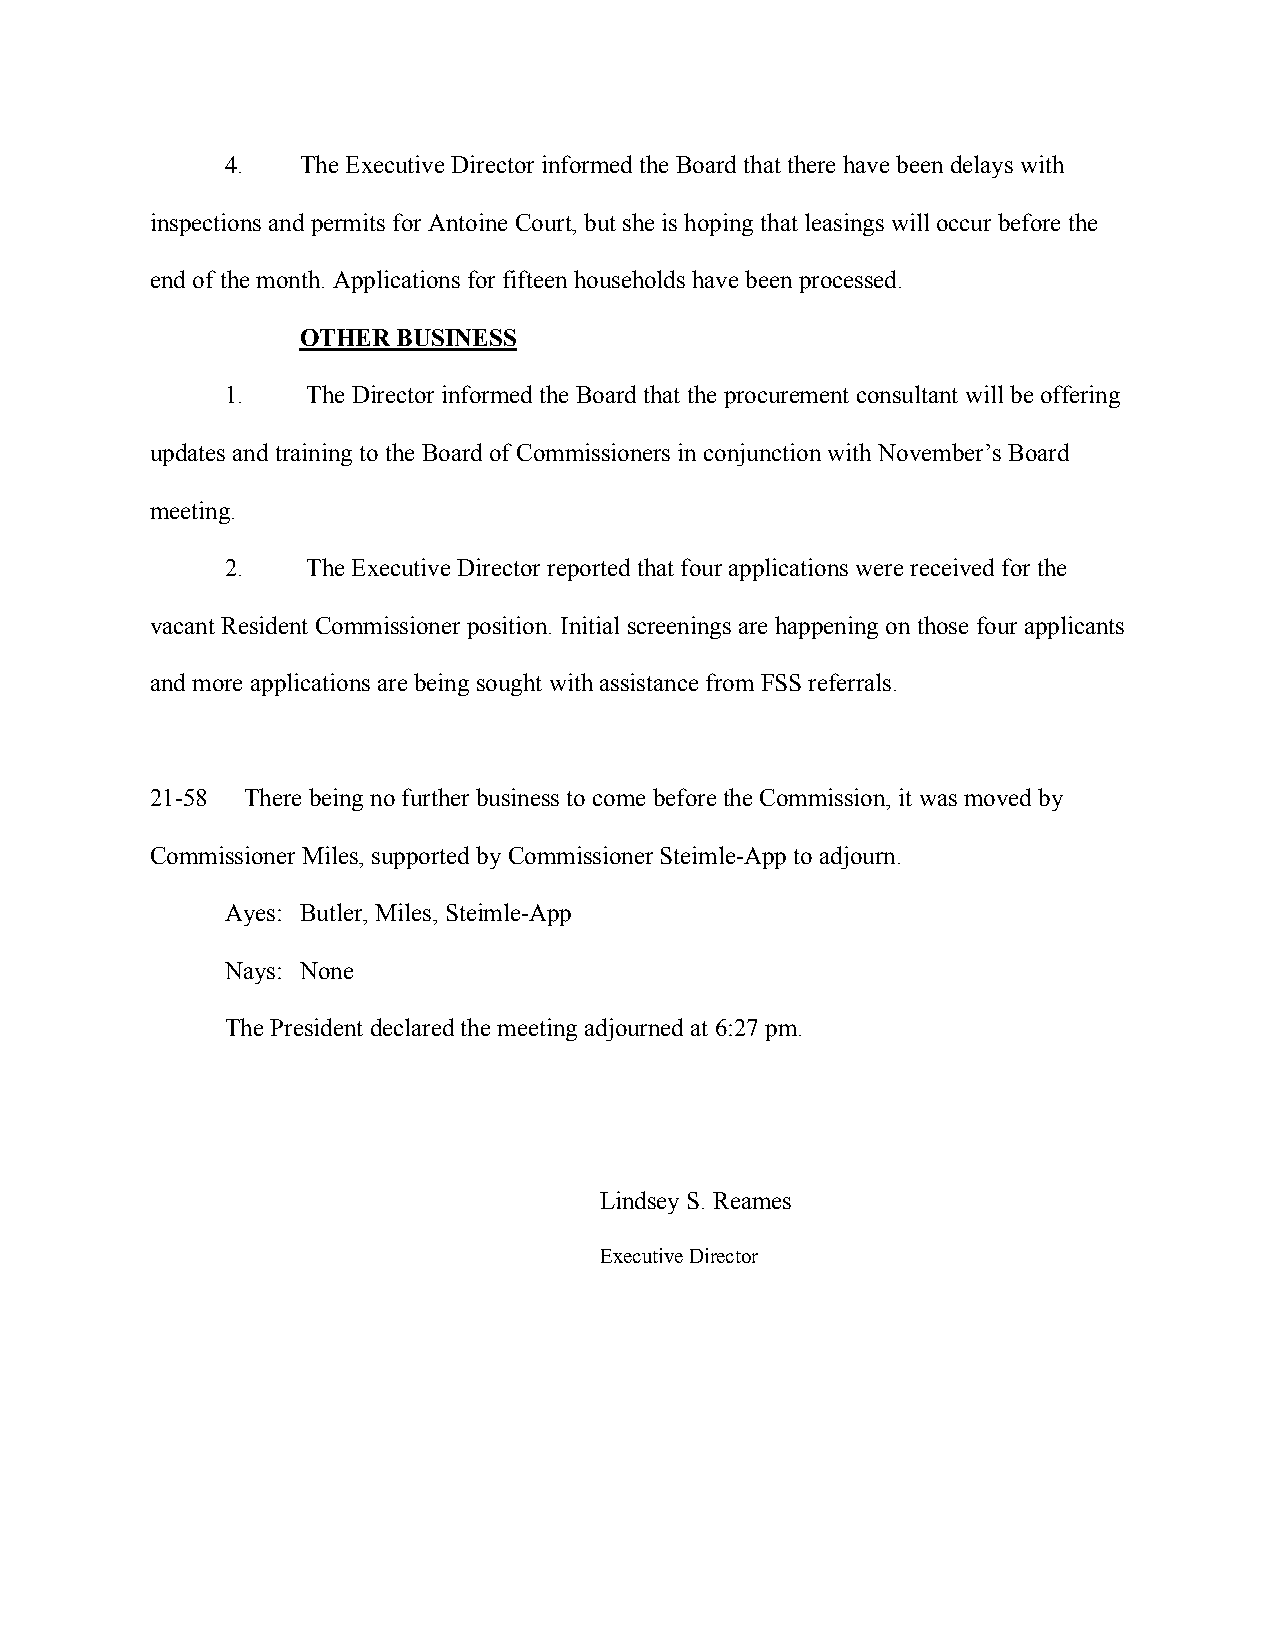
4.   The Executive Director informed the Board that there have been delays with
 inspections and permits for Antoine Court, but she is hoping that leasings will occur before the
 end of the month. Applications for fifteen households have been processed.
 OTHER BUSINESS
 1.   The Director informed the Board that the procurement consultant will be offering
 updates and training to the Board of Commissioners in conjunction with November’s Board
 meeting.
 2.   The Executive Director reported that four applications were received for the
 vacant Resident Commissioner position. Initial screenings are happening on those four applicants
 and more applications are being sought with assistance from FSS referrals.
 21-58 There being no further business to come before the Commission, it was moved by
 Commissioner Miles, supported by Commissioner Steimle-App to adjourn.
 Ayes: Butler, Miles, Steimle-App
 Nays: None
 The President declared the meeting adjourned at 6:27 pm.
 Lindsey S. Reames
 Executive Director